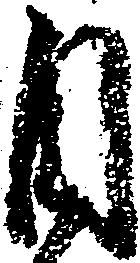
日